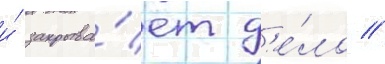
и́ закрыва́ет д'е́ло //